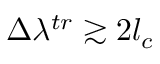
\Delta \lambda ^ { t r } \gtrsim 2 l _ { c }